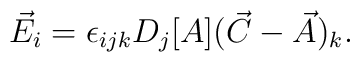
\vec{E}_{i}=\epsilon_{ijk}D_{j}[A](\vec{C}-\vec{A})_{k} .